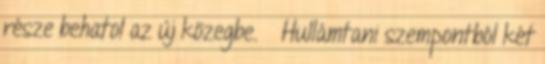
része behatol az új közegbe.  Hullámtani szempontból két